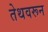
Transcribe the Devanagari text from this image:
तेथवरून